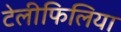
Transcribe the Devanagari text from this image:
टेलीफिलिया